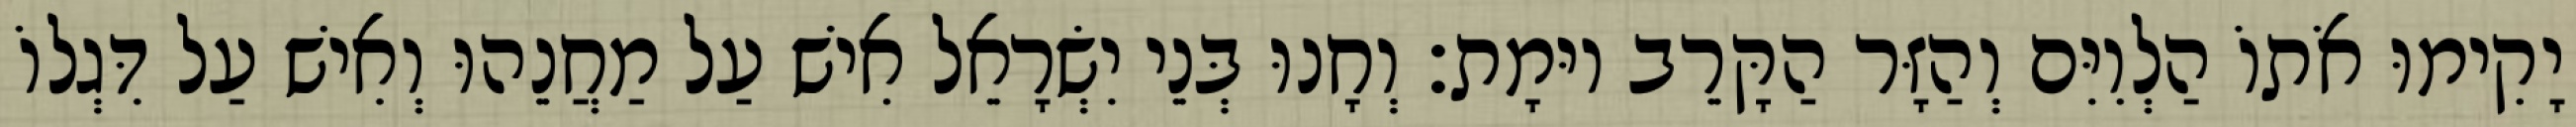
יָקִימוּ אֹתוֹ הַלְוִיִּם וְהַזָּר הַקָּרֵב יוּמָת׃ וְחָנוּ בְּנֵי יִשְׂרָאֵל אִישׁ עַל מַחֲנֵהוּ וְאִישׁ עַל דִּגְלוֹ